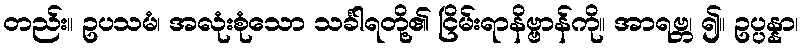
တည်း။ ဥပသမံ၊ အလုံးစုံသော သင်္ခါရတို့၏ ငြိမ်းရာနိဗ္ဗာန်ကို။ အာရဗ္ဘ၊ ၍။ ဥပ္ပန္နာ၊